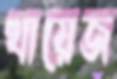
খায়েজ